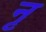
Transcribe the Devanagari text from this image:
नृ